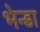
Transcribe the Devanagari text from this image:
भेन्डा